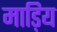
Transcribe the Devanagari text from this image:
माड़िय